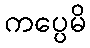
ကပ္ပေမိ